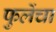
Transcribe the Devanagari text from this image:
फुलेंचा